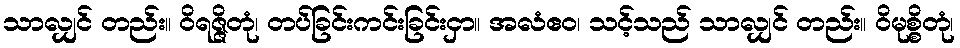
သာလျှင် တည်း။ ဝိရဇ္ဇိတုံ၊ တပ်ခြင်းကင်းခြင်းငှာ။ အလံဧဝ၊ သင့်သည် သာလျှင် တည်း။ ဝိမုစ္စိတုံ၊